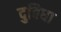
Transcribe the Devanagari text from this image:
दुबिधा